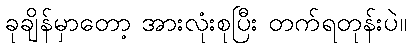
ခုချိန်မှာတော့ အားလုံးစုပြီး တက်ရတုန်းပဲ။